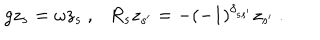
LaTeX: g z _ { s } = \omega z _ { s } ~ , R _ { s } z _ { s ^ { \prime } } = - ( - 1 ) ^ { \delta _ { s s ^ { \prime } } } z _ { s ^ { \prime } } ~ .